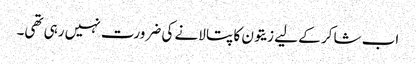
اب شاکر کے لیے زیتون کا پتا لانے کی ضرورت نہیں رہی تھی۔